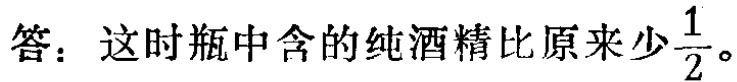
答：这时瓶中含的纯酒精比原来少$\frac{1}{2}$。